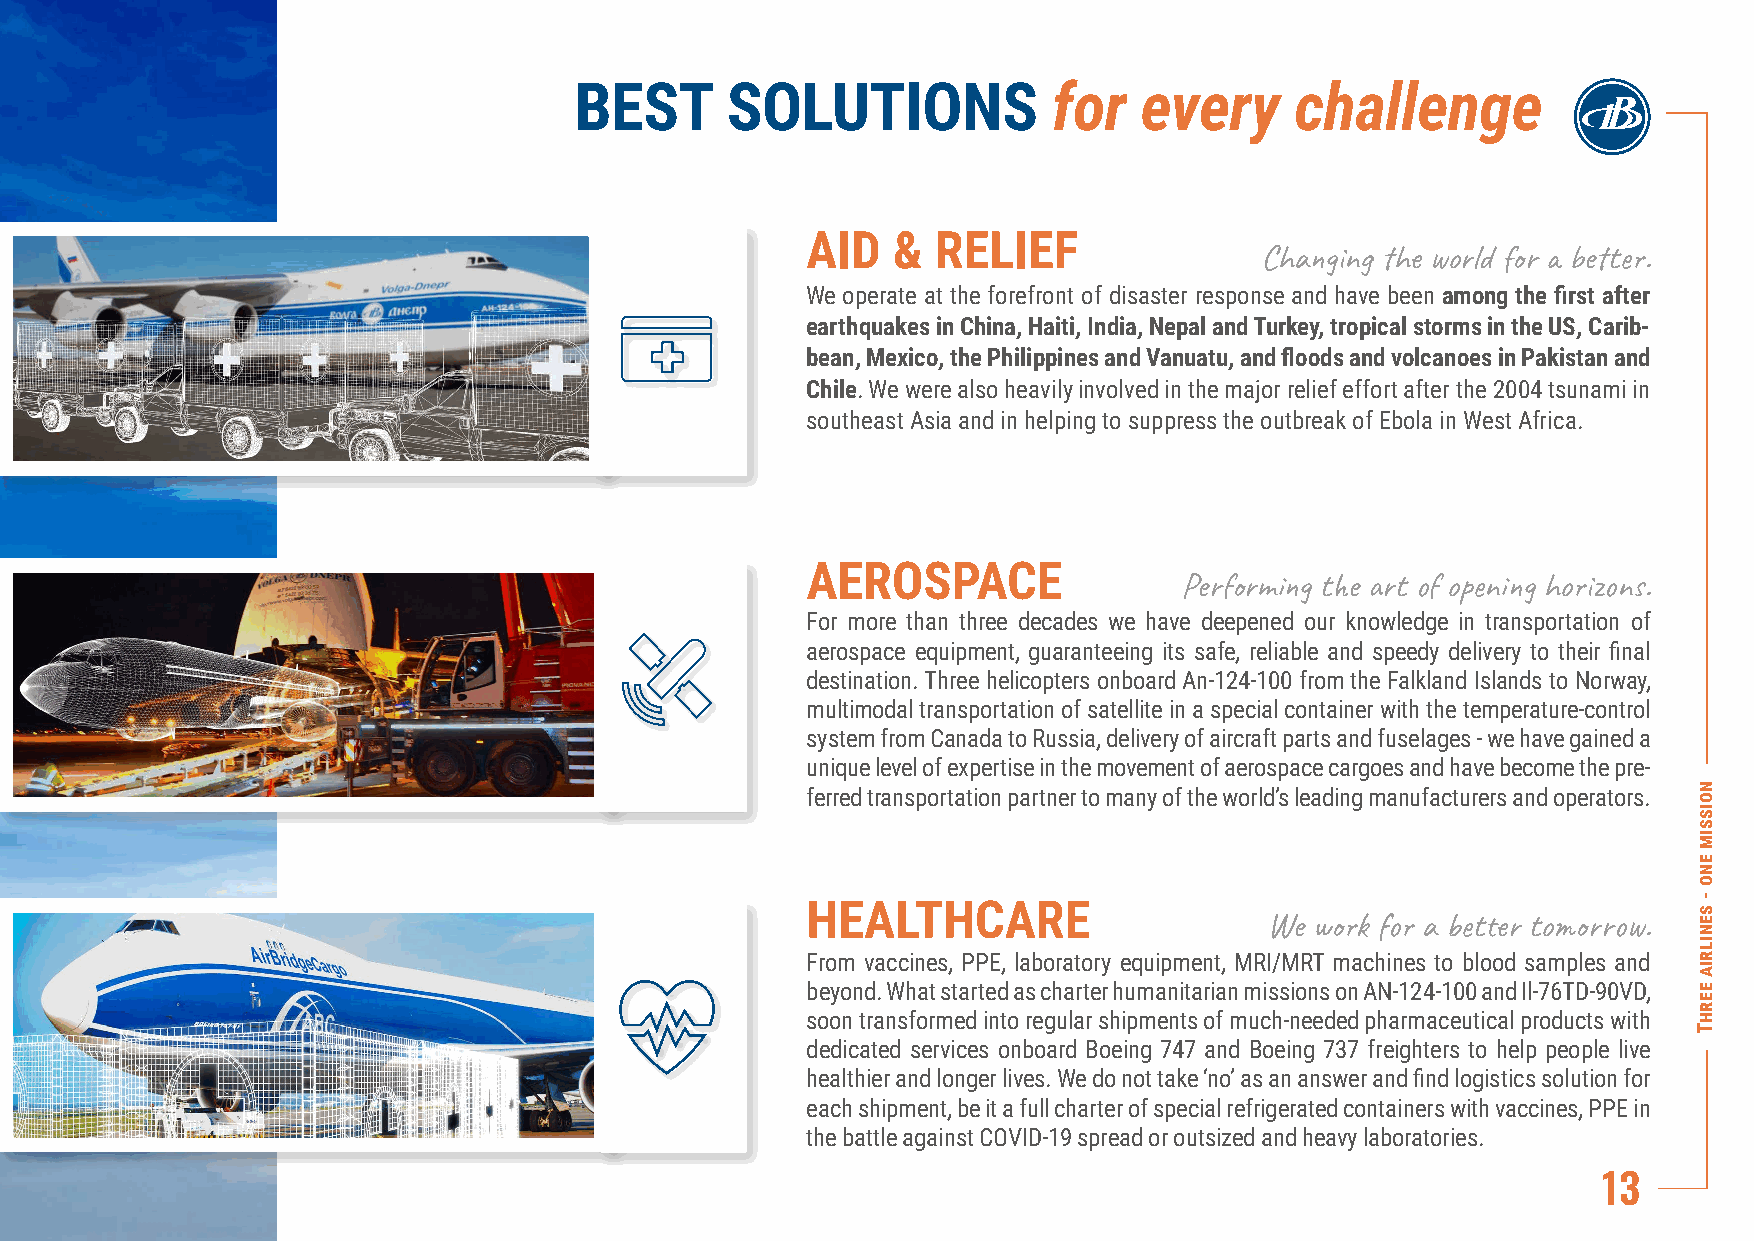
BEST      SOLUTIONS             for   every     challenge
 AID   &  RELIEF
 Changing the world for a better.
 We operate at the forefront of disaster response and have been among the first after
 earthquakes in China, Haiti, India, Nepal and Turkey, tropical storms in the US, Carib-
 bean, Mexico, the Philippines and Vanuatu, and floods and volcanoes in Pakistan and
 Chile. We were also heavily involved in the major relief effort after the 2004 tsunami in
 southeast Asia and in helping to suppress the outbreak of Ebola in West Africa.
 AEROSPACE
 Performing the art of opening horizons.
 For more than three decades we have deepened our knowledge in transportation of
 aerospace equipment, guaranteeing its safe, reliable and speedy delivery to their final
 destination. Three helicopters onboard An-124-100 from the Falkland Islands to Norway,
 multimodal transportation of satellite in a special container with the temperature-control
 system from Canada to Russia, delivery of aircraft parts and fuselages - we have gained a
 unique level of expertise in the movement of aerospace cargoes and have become the pre-
 ferred transportation partner to many of the world’s leading manufacturers and operators.
 HEALTHCARE
 We work for a better tomorrow.
 From vaccines, PPE, laboratory equipment, MRI/MRT machines to blood samples and
 beyond. What started as charter humanitarian missions on AN-124-100 and Il-76TD-90VD,
 soon transformed into regular shipments of much-needed pharmaceutical products with
 dedicated services onboard Boeing 747 and Boeing 737 freighters to help people live
 healthier and longer lives. We do not take ‘no’ as an answer and find logistics solution for
 each shipment, be it a full charter of special refrigerated containers with vaccines, PPE in
 the battle against COVID-19 spread or outsized and heavy laboratories.
 13
 noissim
 eno
 -
 senilria
 eerhT